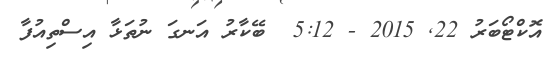
އޮކްޓޯބަރު 22